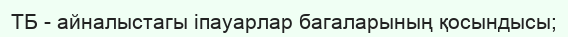
ТБ - айналыстагы іпауарлар багаларының қосындысы;